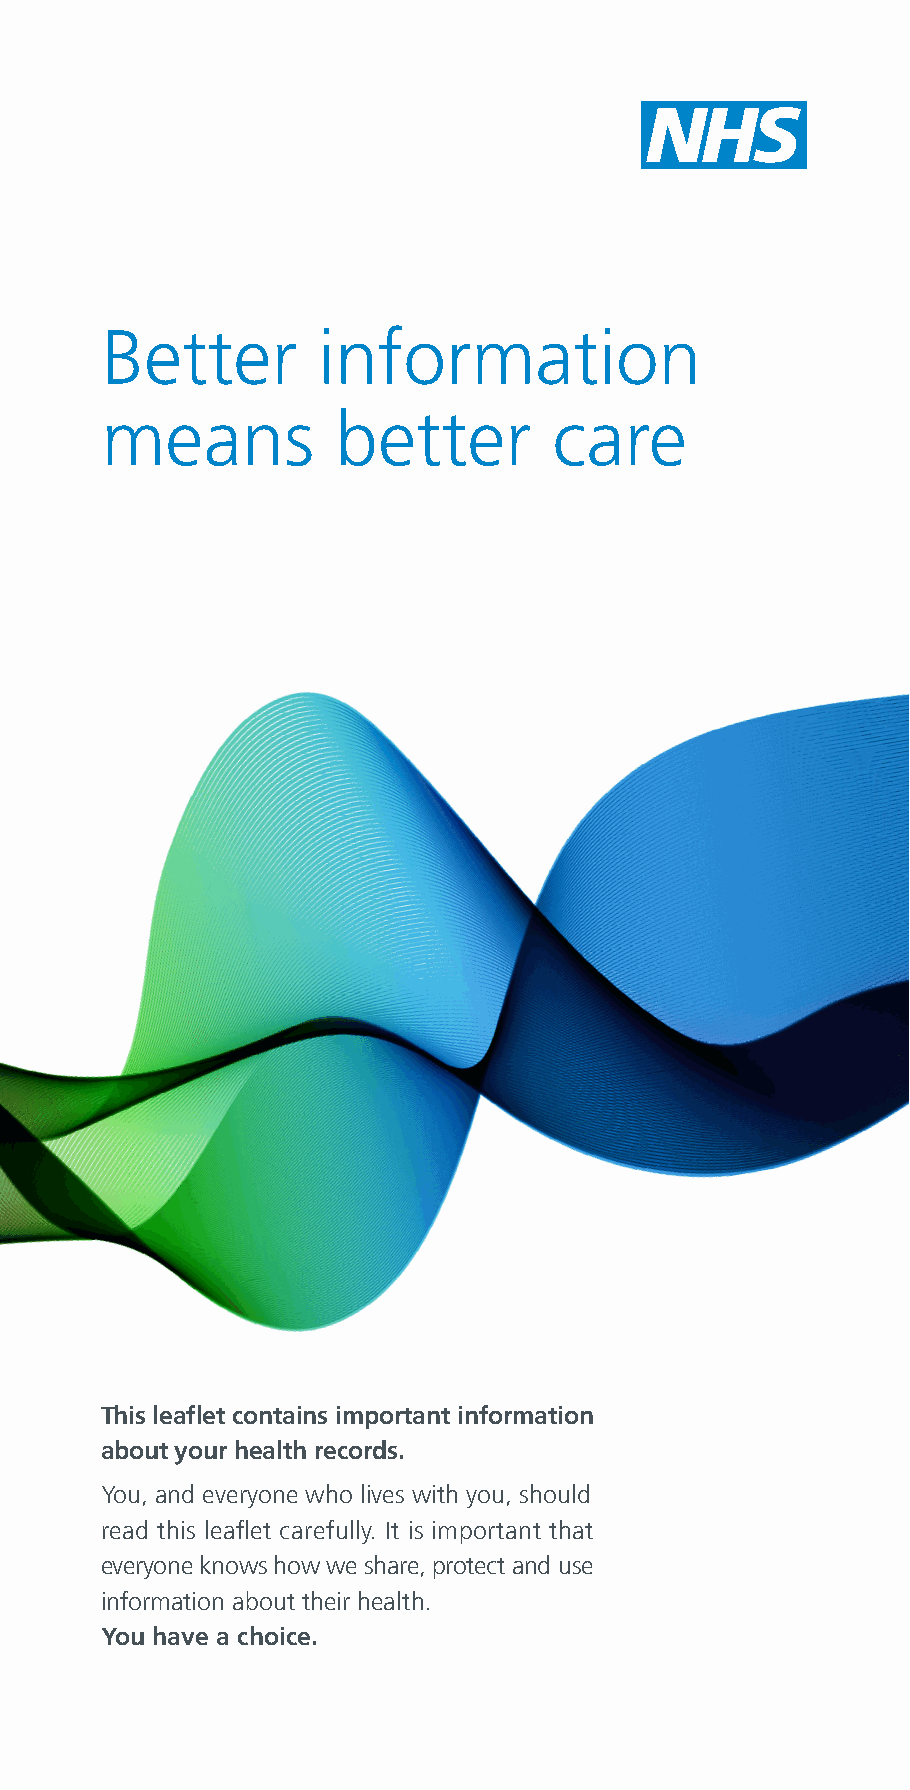
Better        information
 means          better         care
 This leaflet contains important information
 about your health records.
 You, and everyone who lives with you, should
 read this leaflet carefully. It is important that
 everyone knows how we share, protect and use
 information about their health.
 You have a choice.